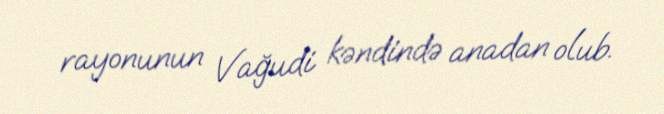
rayonunun Vağudi kəndində anadan olub.